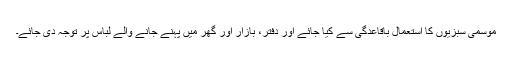
موسمی سبزیوں کا استعمال باقاعدگی سے کیا جائے اور دفتر، بازار اور گھر میں پہنے جانے والے لباس پر توجہ دی جائے۔